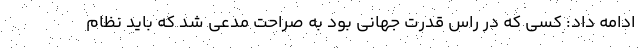
ادامه داد: کسی که در راس قدرت جهانی بود به صراحت مدعی شد که باید نظام